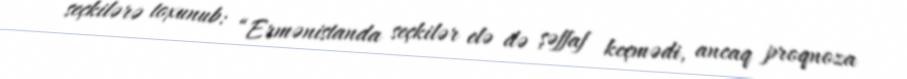
seçkilərə toxunub: “Ermənistanda seçkilər elə də şəffaf keçmədi, ancaq proqnoza